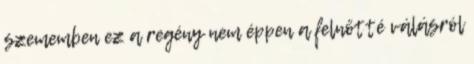
szememben ez a regény nem éppen a felnőtté válásról